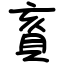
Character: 賌